Civil Veterinary Dept. Bombay admin report 1923-31 - 1923-1931
Year: 1923
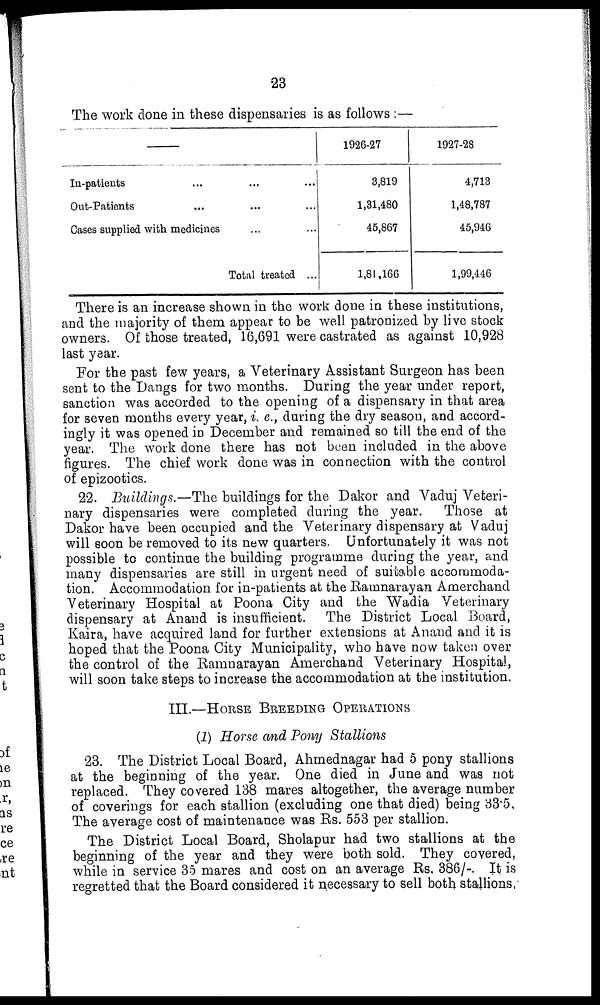
23
The work done in these dispensaries is as follows :—
In-patients ... ... ...
Out-Patients ... ... ...
Cases supplied with medicines ... ...
Total treated ...
1926-27
3,819
1,31,480
45,867
1,81,166
1927-28
4,713
1,48,787
45,946
1,99,446
There is an increase shown in the work done in these institutions,
and the majority of them appear to be well patronized by live stock
owners. Of those treated, 16,691 were castrated as against 10,928
last year.
For the past few years, a Veterinary Assistant Surgeon has been
sent to the Dangs for two months. During the year under report,
sanction was accorded to the opening of a dispensary in that area
for seven months every year, i. e., during the dry season, and accord-
ingly it was opened in December and remained so till the end of the
year. The work done there has not been included in the above
figures. The chief work done was in connection with the control
of epizootics.
22. Buildings.—The buildings for the Dakor and Vaduj Veteri-
nary dispensaries were completed during the year.
Those at
Dakor have been occupied and the Veterinary dispensary at Vaduj
will soon be removed to its new quarters. Unfortunately it was not
possible to continue the building programme during the year, and
many dispensaries are still in urgent need of suitable accommoda-
tion. Accommodation for in-patients at the Ramnarayan Amerchand
Veterinary Hospital at Poona City and the Wadia Veterinary
dispensary at Anand is insufficient.
The District Local Board,
Kaira, have acquired land for further extensions at Anand and it is
hoped that the Poona City Municipality, who have now taken over
the control of the Ramnarayan Amerchand Veterinary Hospital,
will soon take steps to increase the accommodation at the institution.
III.—HORSE BREEDING OPERATIONS
(1) Horse and Pony Stallions
23. The District Local Board, Ahmednagar had 5 pony stallions
at the beginning of the year. One died in June and was not
replaced. They covered 138 mares altogether, the average number
of coverings for each stallion (excluding one that died) being 33.5,
The average cost of maintenance was Rs. 553 per stallion.
The District Local Board, Sholapur had two stallions at the
beginning of the year and they were both sold. They covered,
while in service 35 mares and cost on an average Rs. 386/-. It is
regretted that the Board considered it necessary to sell both stallions,